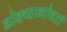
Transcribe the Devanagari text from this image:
डोक्याभोवती